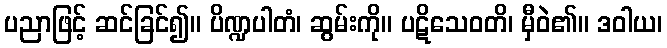
ပညာဖြင့် ဆင်ခြင်၍။ ပိဏ္ဍပါတံ၊ ဆွမ်းကို။ ပဋိသေဝတိ၊ မှီဝဲ၏။ ဒဝါယ၊